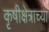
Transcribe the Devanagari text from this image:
कृषीक्षेत्राच्या